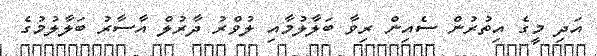
އަދި މީގެ އިތުރުން ސެއިން ރިވާ ބަލާލުމާއި ލުވްރު ދާރުލް އާސާރު ބަލާލުމުގެ